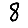
Digit: 8